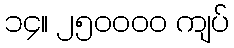
၁၄။ ၂၅၀၀၀၀ ကျပ်